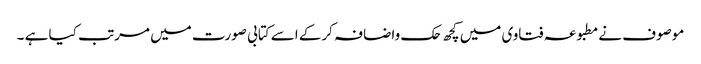
موصوف نےمطبوعہ فتاوی میں کچھ حک واضافہ کرکے اسے کتابی صورت میں مرتب کیا ہے ۔